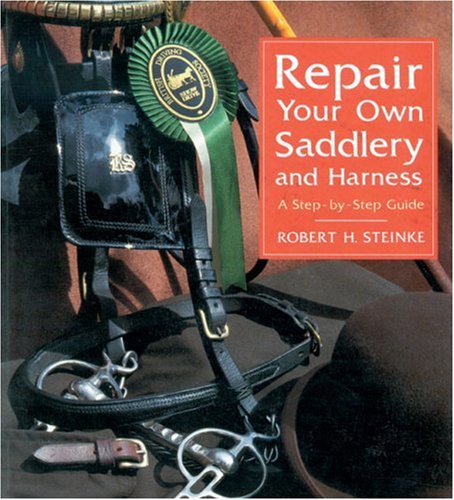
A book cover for Repair Your Own Saddlery and Harness; Robert Steinke; Crafts, Hobbies & Home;